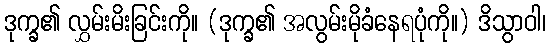
ဒုက္ခ၏ လွှမ်းမိးခြင်းကို။ (ဒုက္ခ၏ အလွမ်းမိုခံနေရပုံကို။) ဒိသွာဝါ၊